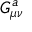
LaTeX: G _ { \mu \nu } ^ { a }